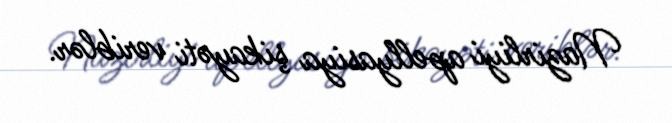
Nazirliyi apellyasiya şikayəti veriblər.